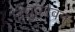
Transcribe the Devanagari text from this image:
रघुवरवन